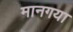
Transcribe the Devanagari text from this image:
मानगया